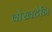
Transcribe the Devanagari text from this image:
वोखटेनि